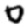
Digit: 0